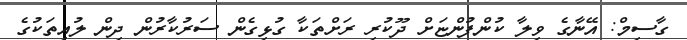
ގާސިމް: އޭނާގެ ވިލާ ކުންފުންޏަށް ދޫކުރި ރަށްތަކާ ގުޅިގެން ސަރުކާރުން ދިން ލުއިތަކުގެ